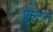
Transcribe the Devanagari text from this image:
ऐल्टन